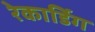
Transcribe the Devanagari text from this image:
रेकार्डिग